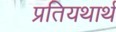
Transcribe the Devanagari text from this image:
प्रतियथार्थ